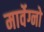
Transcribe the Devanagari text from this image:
मार्वेग्नो